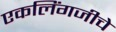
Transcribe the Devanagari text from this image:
एकलिंगजीचे